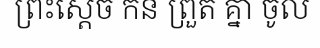
ព្រះស្តេច កន ព្រួត គ្នា ចូល